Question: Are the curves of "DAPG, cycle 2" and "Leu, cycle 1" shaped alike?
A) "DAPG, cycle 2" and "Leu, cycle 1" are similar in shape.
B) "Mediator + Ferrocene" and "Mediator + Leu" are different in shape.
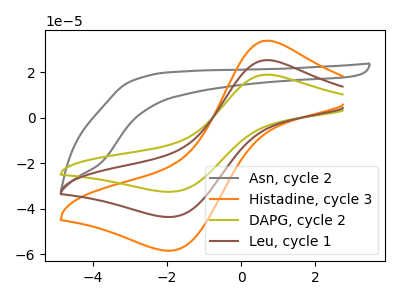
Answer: <think>The gray curve "Asn, cycle 2" has no peaks. The orange curve "Histadine, cycle 3" has an anodic peak at (0.70V, 50.45uA) and a cathodic peak at (-1.85V, -87.35uA). The olive curve "DAPG, cycle 2" has an anodic peak at (0.70V, 18.85uA) and a cathodic peak at (-1.85V, -32.60uA). The brown curve "Leu, cycle 1" has an anodic peak at (0.70V, 25.25uA) and a cathodic peak at (-1.85V, -43.70uA).
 All the peaks in "DAPG, cycle 2" have a peak in "Leu, cycle 1" at the same potential. Every peak in "DAPG, cycle 2" is lower than every peak in "Leu, cycle 1".</think>
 <answer>A) "DAPG, cycle 2" and "Leu, cycle 1" are similar in shape.</answer>
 <eval>A</eval>